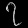
Digit: ၇